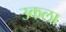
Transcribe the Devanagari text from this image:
उकला